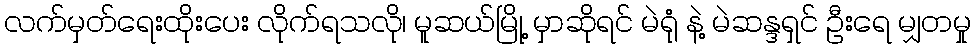
လက်မှတ်ရေးထိုးပေး လိုက်ရသလို၊ မူဆယ်မြို့ မှာဆိုရင် မဲရုံ နဲ့ မဲဆန္ဒရှင် ဦးရေ မျှတမှု